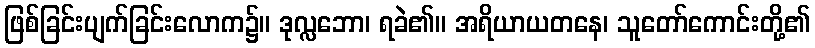
ဖြစ်ခြင်းပျက်ခြင်းလောက၌။ ဒုလ္လဘော၊ ရခဲ၏။ အရိယာယတနေ၊ သူတော်ကောင်းတို့၏